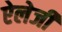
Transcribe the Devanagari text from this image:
ऐलेजी